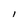
Character: I